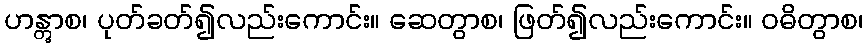
ဟန္တွာစ၊ ပုတ်ခတ်၍လည်းကောင်း။ ဆေတွာစ၊ ဖြတ်၍လည်းကောင်း။ ဝဓိတွာစ၊